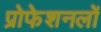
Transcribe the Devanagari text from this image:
प्रोफेशनलों